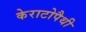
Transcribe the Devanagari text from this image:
केराटोपैथी